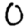
Digit: 0